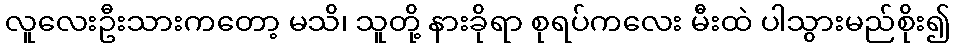
လူလေးဦးသားကတော့ မသိ၊ သူတို့ နားခိုရာ စုရပ်ကလေး မီးထဲ ပါသွားမည်စိုး၍